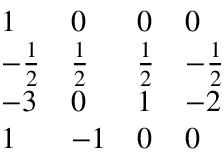
\begin{array} { l l l l } { { 1 } } & { { 0 } } & { { 0 } } & { { 0 } } \\ { { - { \frac { 1 } { 2 } } } } & { { { \frac { 1 } { 2 } } } } & { { { \frac { 1 } { 2 } } } } & { { - { \frac { 1 } { 2 } } } } \\ { { - 3 } } & { { 0 } } & { { 1 } } & { { - 2 } } \\ { { 1 } } & { { - 1 } } & { { 0 } } & { { 0 } } \end{array}